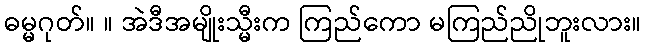
ဓမ္မဂုတ်။ ။ အဲဒီအမျိုးသ္မီးက ကြည်ကော မကြည်ညိုဘူးလား။